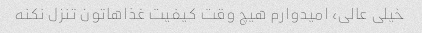
خیلی عالی، امیدوارم هیچ وقت کیفیت غذاهاتون تنزل نکنه